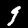
Label: 9